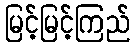
မြင့်မြင့်ကြည်